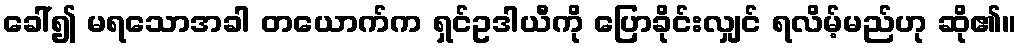
ခေါ်၍ မရသောအခါ တယောက်က ရှင်ဥဒါယီကို ပြောခိုင်းလျှင် ရလိမ့်မည်ဟု ဆို၏။